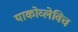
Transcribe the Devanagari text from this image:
याकोव्लेविच